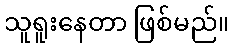
သူရူးနေတာ ဖြစ်မည်။